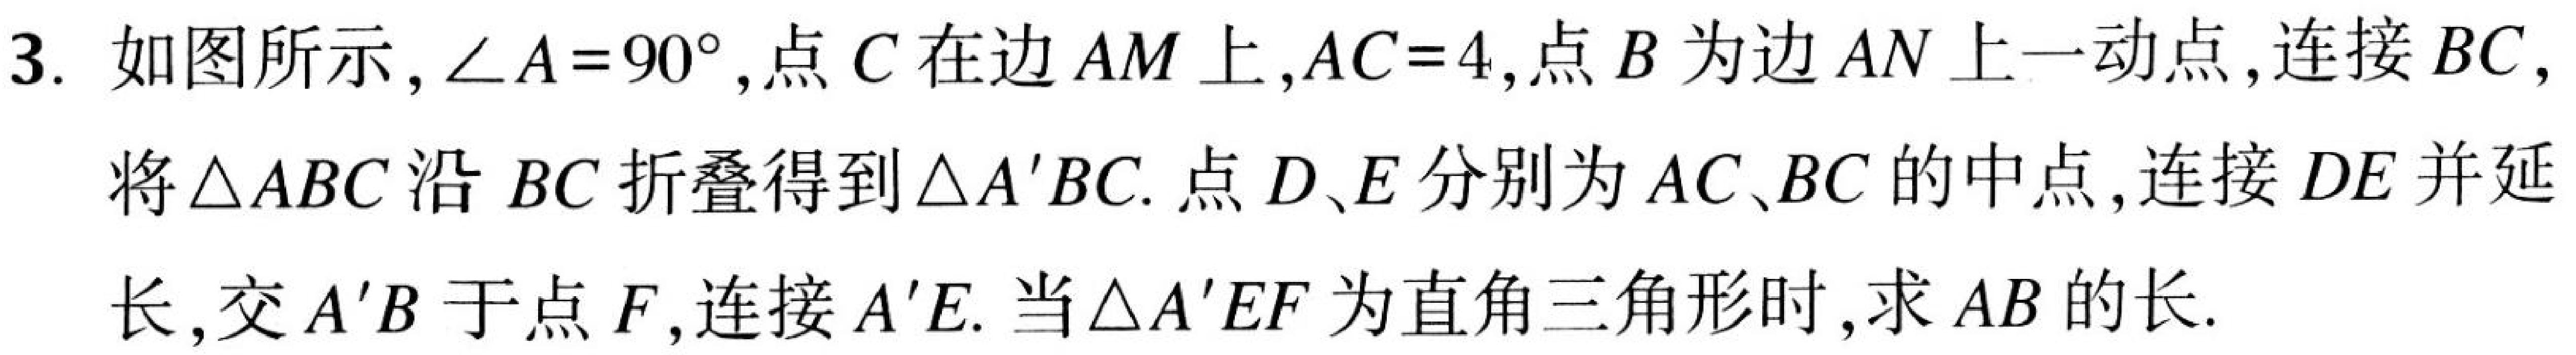
3. 如图所示，$\angle A = 90^{\circ}$，点$C$在边$AM$上，$AC = 4$，点$B$为边$AN$上一动点，连接$BC$，
将$\triangle ABC$沿$BC$折叠得到$\triangle A^{\prime}BC$. 点$D、E$分别为$AC、BC$的中点，连接$DE$并延
长，交$A^{\prime}B$于点$F$，连接$A^{\prime}E$. 当$\triangle A^{\prime}EF$为直角三角形时，求$AB$的长.